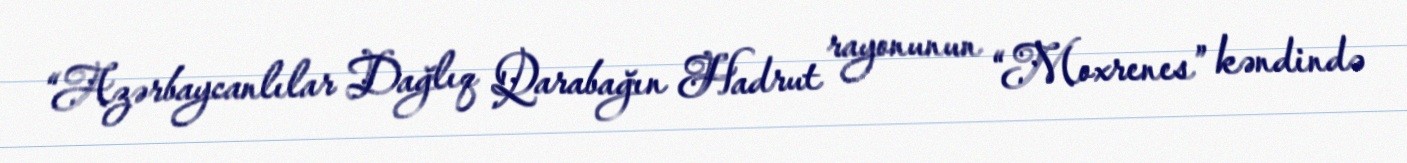
“Azərbaycanlılar Dağlıq Qarabağın Hadrut rayonunun “Moxrenes” kəndində